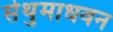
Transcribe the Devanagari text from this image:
सेथुमाधवन